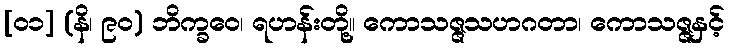
[၀၁] (နိ၊ ၉၀) ဘိက္ခဝေ၊ ရဟန်းတို့။ ကောသဇ္ဇသဟဂတာ၊ ကောသဇ္ဇနှင့်